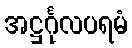
အဋ္ဌင်္ဂုလပရမံ